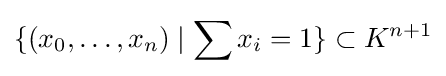
\{(x_{0},\ldots ,x_{n})\mid \sum x_{i}=1\}\subset K^{n+1}